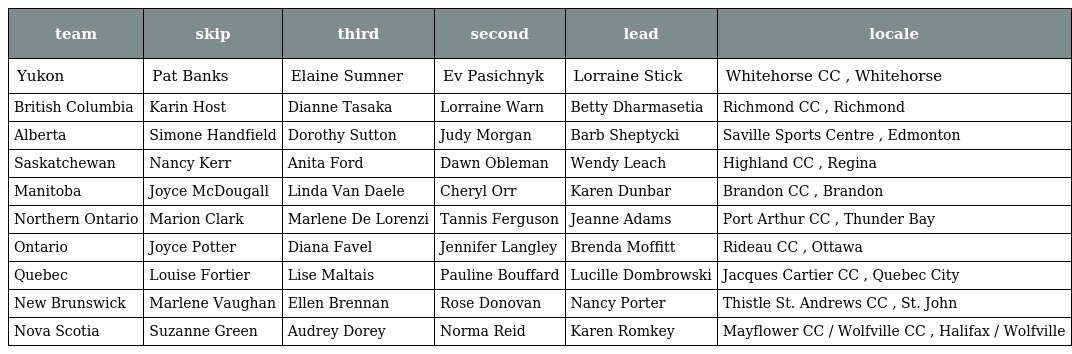
| team | skip | third | second | lead | locale |
 | --- | --- | --- | --- | --- | --- |
 | Yukon | Pat Banks | Elaine Sumner | Ev Pasichnyk | Lorraine Stick | Whitehorse CC , Whitehorse |
 | British Columbia | Karin Host | Dianne Tasaka | Lorraine Warn | Betty Dharmasetia | Richmond CC , Richmond |
 | Alberta | Simone Handfield | Dorothy Sutton | Judy Morgan | Barb Sheptycki | Saville Sports Centre , Edmonton |
 | Saskatchewan | Nancy Kerr | Anita Ford | Dawn Obleman | Wendy Leach | Highland CC , Regina |
 | Manitoba | Joyce McDougall | Linda Van Daele | Cheryl Orr | Karen Dunbar | Brandon CC , Brandon |
 | Northern Ontario | Marion Clark | Marlene De Lorenzi | Tannis Ferguson | Jeanne Adams | Port Arthur CC , Thunder Bay |
 | Ontario | Joyce Potter | Diana Favel | Jennifer Langley | Brenda Moffitt | Rideau CC , Ottawa |
 | Quebec | Louise Fortier | Lise Maltais | Pauline Bouffard | Lucille Dombrowski | Jacques Cartier CC , Quebec City |
 | New Brunswick | Marlene Vaughan | Ellen Brennan | Rose Donovan | Nancy Porter | Thistle St. Andrews CC , St. John |
 | Nova Scotia | Suzanne Green | Audrey Dorey | Norma Reid | Karen Romkey | Mayflower CC / Wolfville CC , Halifax / Wolfville |